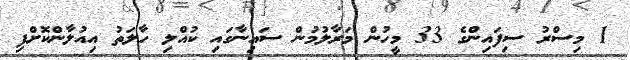
1 މިސްރު ސިފައިންގެ 33 މީހުން މަރާލުމުން ސައިނާގައި ކުއްލި ހާލަތު އިއުލާންކޮށްފި